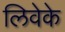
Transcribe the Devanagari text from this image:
लिवेके